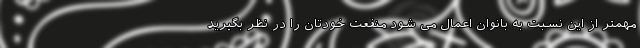
مهمتر از این نسبت به بانوان اعمال می شود منفعت خودتان را در نظر بگیرید